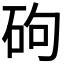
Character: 𪿕